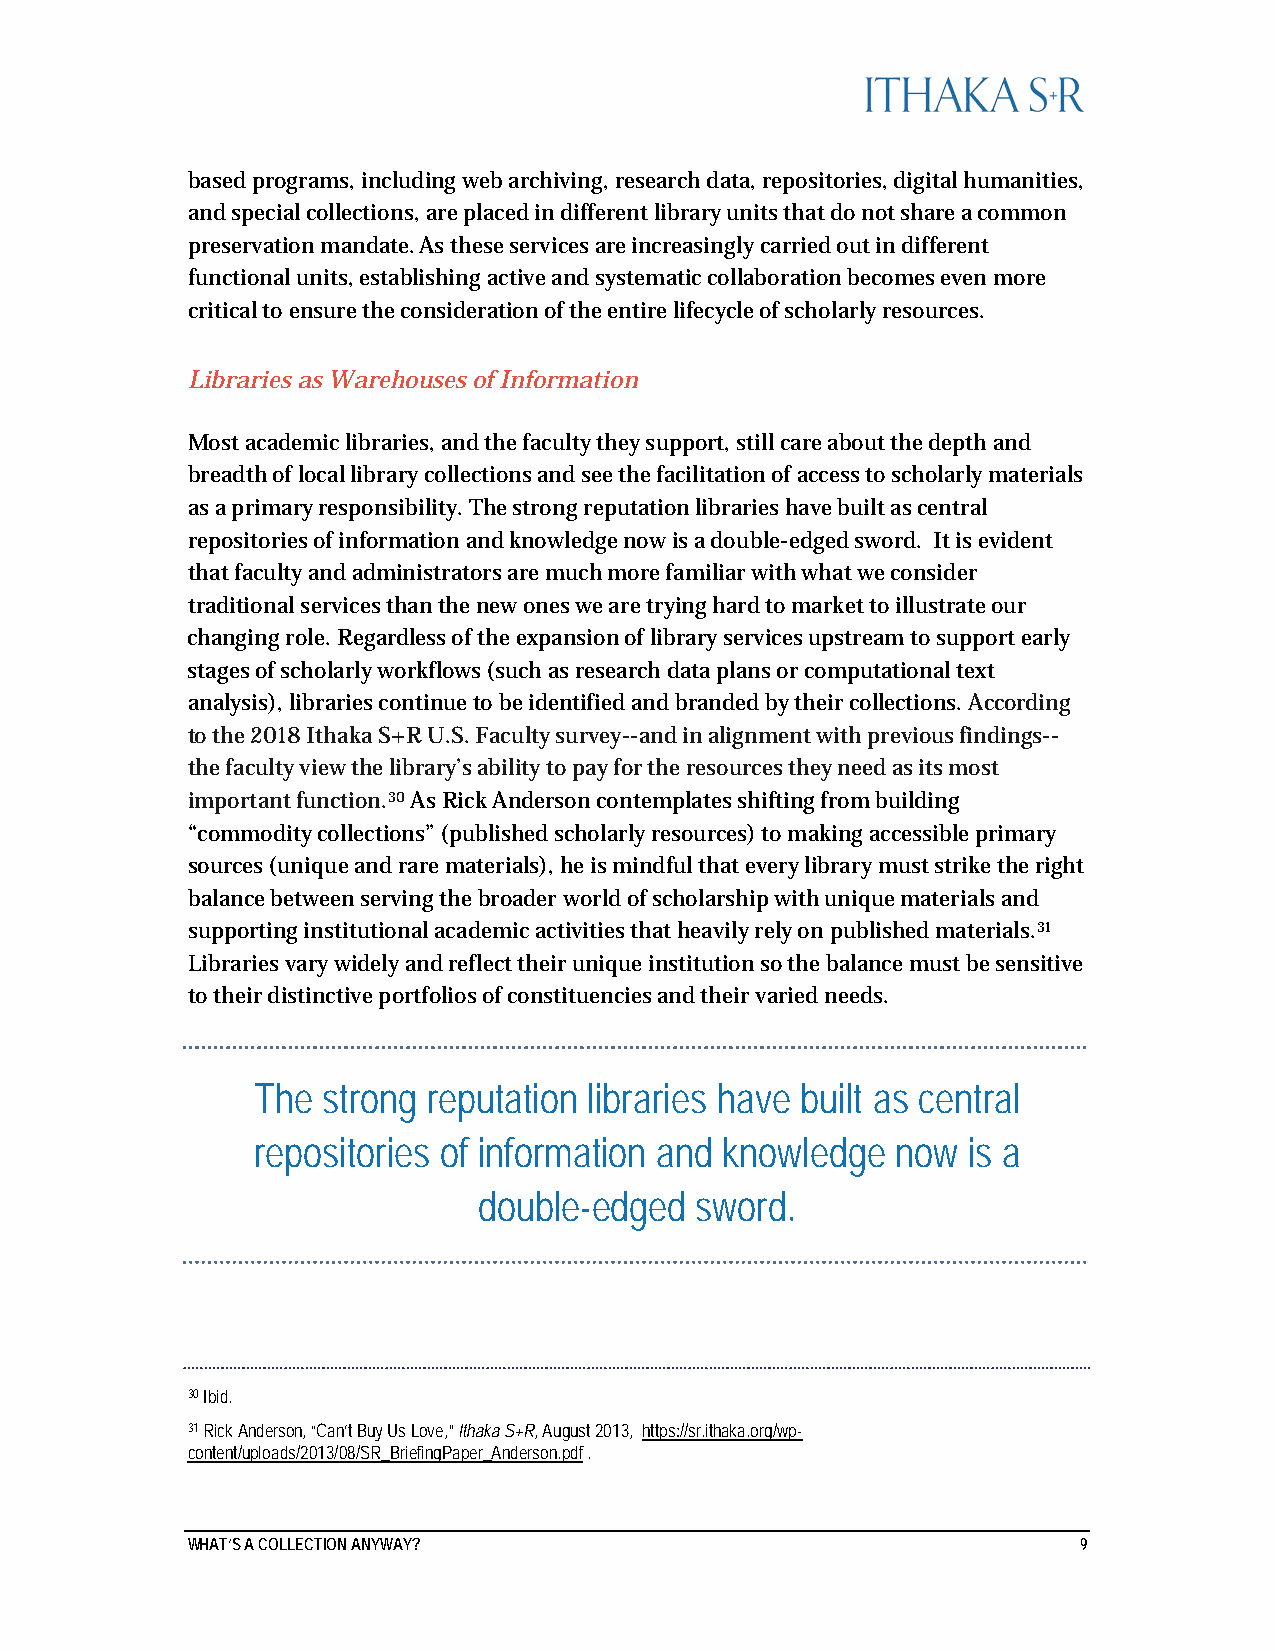
based programs, including web archiving, research data, repositories, digital humanities,
 and special collections, are placed in different library units that do not share a common
 preservation mandate. As these services are increasingly carried out in different
 functional units, establishing active and systematic collaboration becomes even more
 critical to ensure the consideration of the entire lifecycle of scholarly resources.
 Libraries as Warehouses of Information
 Most academic libraries, and the faculty they support, still care about the depth and
 breadth of local library collections and see the facilitation of access to scholarly materials
 as a primary responsibility. The strong reputation libraries have built as central
 repositories of information and knowledge now is a double-edged sword. It is evident
 that faculty and administrators are much more familiar with what we consider
 traditional services than the new ones we are trying hard to market to illustrate our
 changing role. Regardless of the expansion of library services upstream to support early
 stages of scholarly workflows (such as research data plans or computational text
 analysis), libraries continue to be identified and branded by their collections. According
 to the 2018 Ithaka S+R U.S. Faculty survey--and in alignment with previous findings--
 the faculty view the library’s ability to pay for the resources they need as its most
 important function.30 As Rick Anderson contemplates shifting from building
 “commodity collections” (published scholarly resources) to making accessible primary
 sources (unique and rare materials), he is mindful that every library must strike the right
 balance between serving the broader world of scholarship with unique materials and
 supporting institutional academic activities that heavily rely on published materials.31
 Libraries vary widely and reflect their unique institution so the balance must be sensitive
 to their distinctive portfolios of constituencies and their varied needs.
 The strong reputation libraries have built as central
 repositories of information and knowledge now  is a
 double-edged  sword.
 30 Ibid.
 31 Rick Anderson, “Can’t Buy Us Love,” Ithaka S+R, August 2013, https://sr.ithaka.org/wp-
 content/uploads/2013/08/SR_BriefingPaper_Anderson.pdf .
 WHAT’S A COLLECTION ANYWAY?                                 9